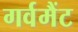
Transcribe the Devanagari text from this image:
गर्वमैंट